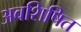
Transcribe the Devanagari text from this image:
अवशिषित